Indian journal of veterinary science and animal husbandry - Volumes 24-25, 1954-1955
Year: 1954
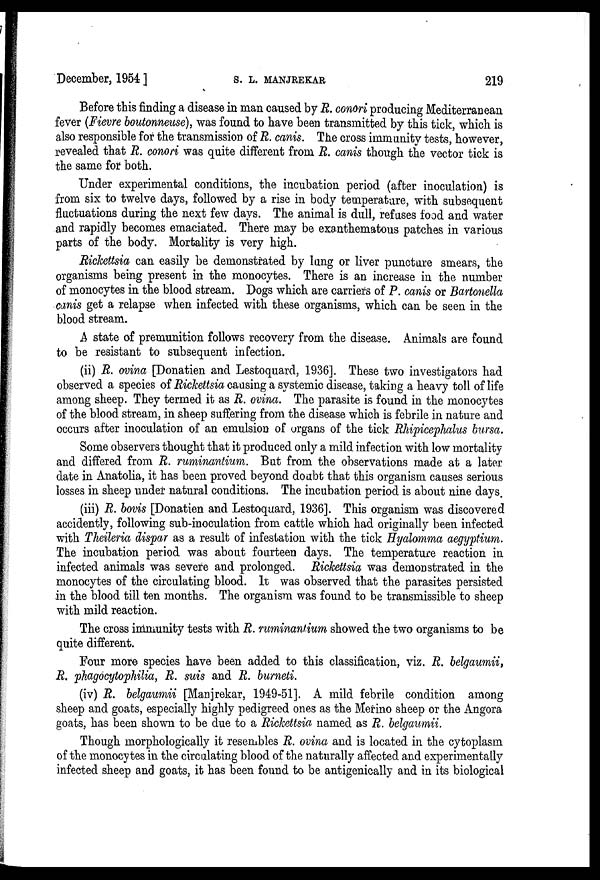
December, 1954 ]
S.
L.
MANJREKAR
219
Before this finding a disease in man caused by R. conori producing Mediterranean
fever (Fievre boutonneuse), was found to have been transmitted by this tick, which is
also responsible for the transmission of R. canis. The cross immunity tests, however,
revealed that R. conori was quite different from R. canis though the vector tick is
the same for both.
Under experimental conditions, the incubation period (after inoculation) is
from six to twelve days, followed by a rise in body temperature, with subsequent
fluctuations during the next few days. The animal is dull, refuses food and water
and rapidly becomes emaciated. There may be exanthematous patches in various
parts of the body. Mortality is very high.
Rickettsia can easily be demonstrated by lung or liver puncture smears, the
organisms being present in the monocytes. There is an increase in the number
of monocytes in the blood stream. Dogs which are carriers of P. canis or Bartonella
canis get a relapse when infected with these organisms, which can be seen in the
blood stream.
A state of premunition follows recovery from the disease. Animals are found
to be resistant to subsequent infection.
(ii) R. ovina [Donatien and Lestoquard, 1936]. These two investigators had
observed a species of Rickettsia causing a systemic disease, taking a heavy toll of life
among sheep. They termed it as R. ovina. The parasite is found in the monocytes
of the blood stream, in sheep suffering from the disease which is febrile in nature and
occurs after inoculation of an emulsion of organs of the tick Rhipicephalus bursa.
Some observers thought that it produced only a mild infection with low mortality
and differed from R. ruminantium. But from the observations made at a later
date in Anatolia, it has been proved beyond doubt that this organism causes serious
losses in sheep under natural conditions. The incubation period is about nine days.
(iii) R. bovis [Donatien and Lestoquard, 1936]. This organism was discovered
accidently, following sub-inoculation from cattle which had originally been infected
with Theileria dispar as a result of infestation with the tick Hyalomma aegyptium.
The incubation period was about fourteen days. The temperature reaction in
infected animals was severe and prolonged. Rickettsia was demonstrated in the
monocytes of the circulating blood. It was observed that the parasites persisted
in the blood till ten months. The organism was found to be transmissible to sheep
with mild reaction.
The cross immunity tests with R. ruminantium showed the two organisms to be
quite different.
Four more species have been added to this classification, viz. R. belgaumii,
R. phagocytophilia, R. suis and R. burneti.
(iv) R. belgaumii [Manjrekar, 1949-51]. A mild febrile condition among
sheep and goats, especially highly pedigreed ones as the Merino sheep or the Angora
goats, has been shown to be due to a Rickettsia named as R. belgaumii.
Though morphologically it resembles R. ovina and is located in the cytoplasm
of the monocytes in the circulating blood of the naturally affected and experimentally
infected sheep and goats, it has been found to be antigenically and in its biological